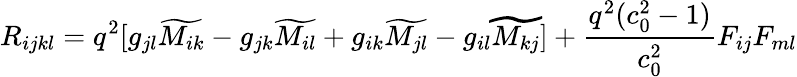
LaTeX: R_{ijkl}=q^{2}[g_{jl}\widetilde{M_{ik}}-g_{jk}\widetilde{M_{il}}+g_{ik}\widetilde{M_{jl}}-g_{il}\widetilde{M_{kj}}]+{\frac{q^{2}(c_{0}^{2}-1)}{c_{0}^{2}}}F_{ij}F_{ml}